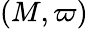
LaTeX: (M,\varpi)